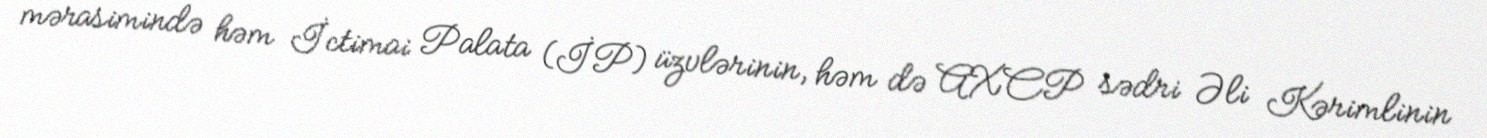
mərasimində həm İctimai Palata (İP) üzvlərinin, həm də AXCP sədri Əli Kərimlinin